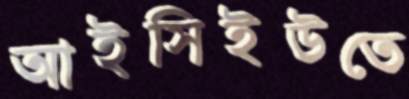
আইসিইউতে